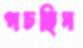
পচছিস